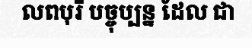
លពបុរី បច្ចុប្បន្ន ដែល ជា